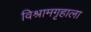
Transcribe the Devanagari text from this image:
विश्रामगृहाला